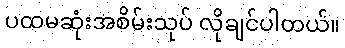
ပထမဆုံးအစိမ်းသုပ် လိုချင်ပါတယ်။